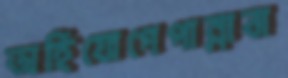
অহিযোগেপান্নাবা